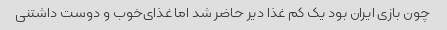
چون بازی ایران بود یک کم غذا دیر حاضر شد اما غذای‌خوب و دوست داشتنی